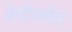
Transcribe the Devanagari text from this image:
बेवीलोन